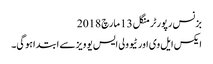
بزنس رپورٹر منگل 13 مارچ 2018
ایکس ایل وی اور ٹیوولی ایس یو ویزسے ابتداہوگی۔